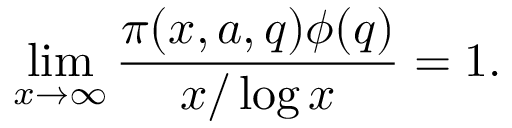
\operatorname* { l i m } _ { x \to \infty } { \frac { \pi ( x , a , q ) \phi ( q ) } { x / \log x } } = 1 .